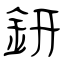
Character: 鈃